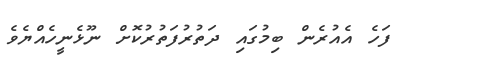
ފަހެ އެއުރެން ބިމުގައި ދަތުރުފަތުރުކޮށް ނޫޅެނީހެއްޔެވެ